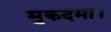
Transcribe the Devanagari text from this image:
मुकदमा।